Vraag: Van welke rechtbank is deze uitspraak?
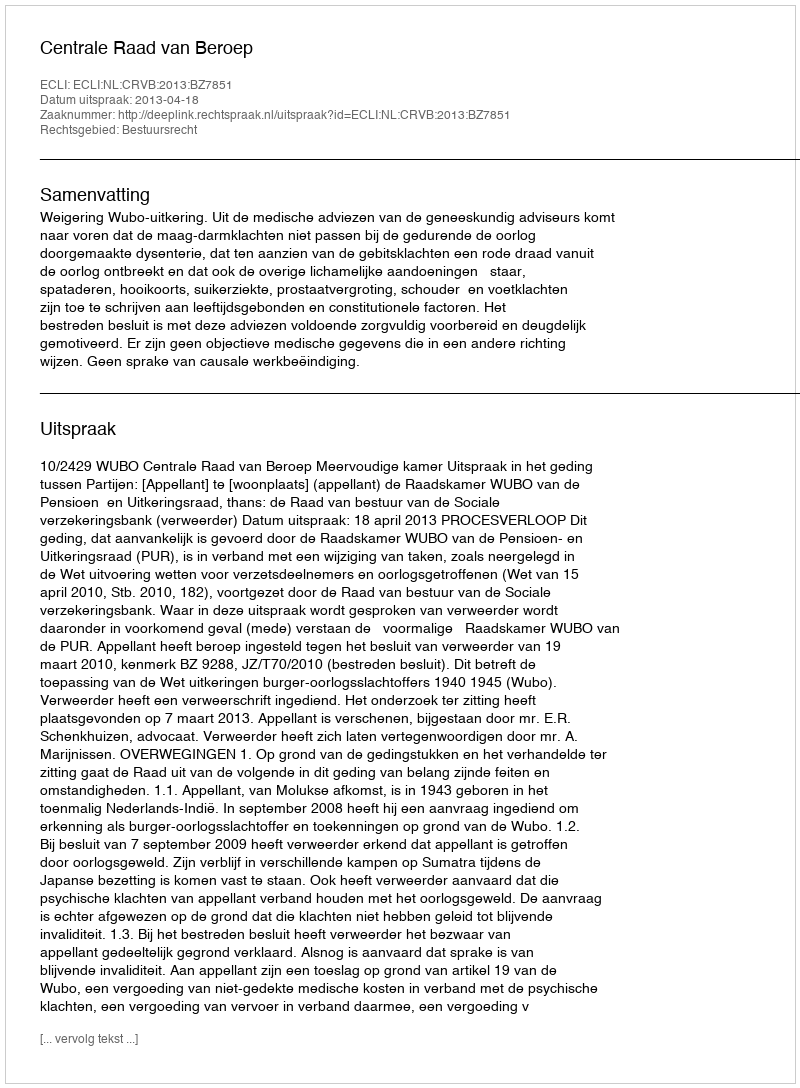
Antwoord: Centrale Raad van Beroep